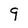
Character: 9